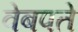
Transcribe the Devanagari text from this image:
वेबपते